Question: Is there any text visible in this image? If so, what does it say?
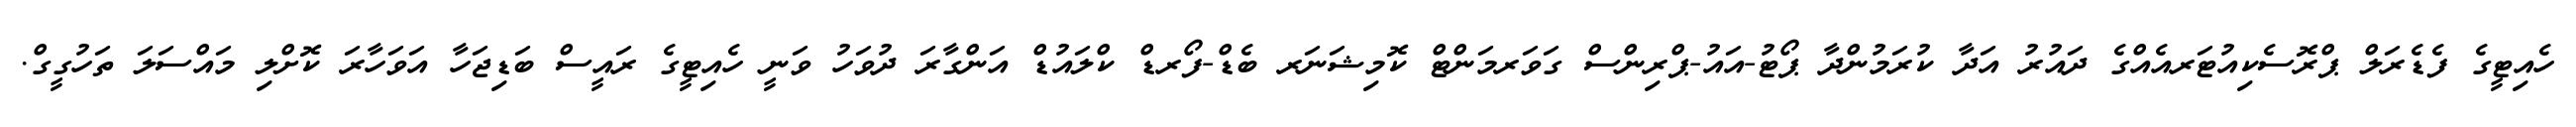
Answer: ހެއިޓީގެ ފެޑެރަލް ޕްރޮސެކިއުޓަރއެއްގެ ދައުރު އަދާ ކުރަމުންދާ ޕޯޓު-އައު-ޕްރިންސް ގަވަރމަންޓް ކޮމިޝަނަރ ބެޑް-ފޯރޑް ކްލައުޑް އަންގާރަ ދުވަހު ވަނީ ހެއިޓީގެ ރައީސް ބަޑިޖަހާ އަވަހާރަ ކޮށްލި މައްސަލަ ތަހުގީގް.